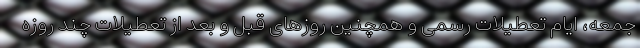
جمعه، ایام تعطیلات رسمی و همچنین روزهای قبل و بعد از تعطیلات چند روزه